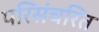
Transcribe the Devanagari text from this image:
परिसंचरित